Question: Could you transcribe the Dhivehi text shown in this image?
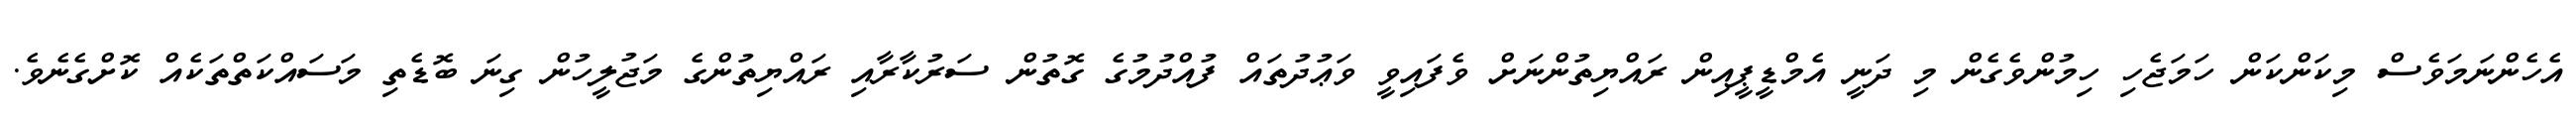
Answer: އެހެންނަމަވެސް މިކަންކަން ހަމަޖެހި ހިމުންވެގެން މި ދަނީ އެމްޑީޕީއިން ރައްޔިތުންނަށް ވެފައިވީ ވަޢުދުތައް ފުއްދުމުގެ ގޮތުން ސަރުކާރާއި ރައްޔިތުންގެ މަޖުލީހުން ގިނަ ބޮޑެތި މަސައްކަތްތަކެއް ކޮށްގެނެވެ.